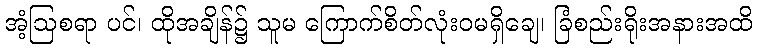
အံ့ဩစရာ ပင်၊ ထိုအချိန်၌ သူမ ကြောက်စိတ်လုံးဝမရှိချေ၊ ခြံစည်းရိုးအနားအထိ